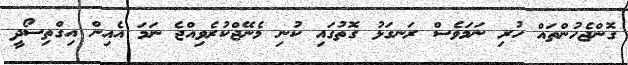
ގޮންޖެހުންތައް ހުރި ނަމަވެސް ރަނގަޅު ގޮތުގައި ކުނި މެނޭޖްކުރެވިއްޖެ ނަމަ އެއިން އިގްތިސޯދީ